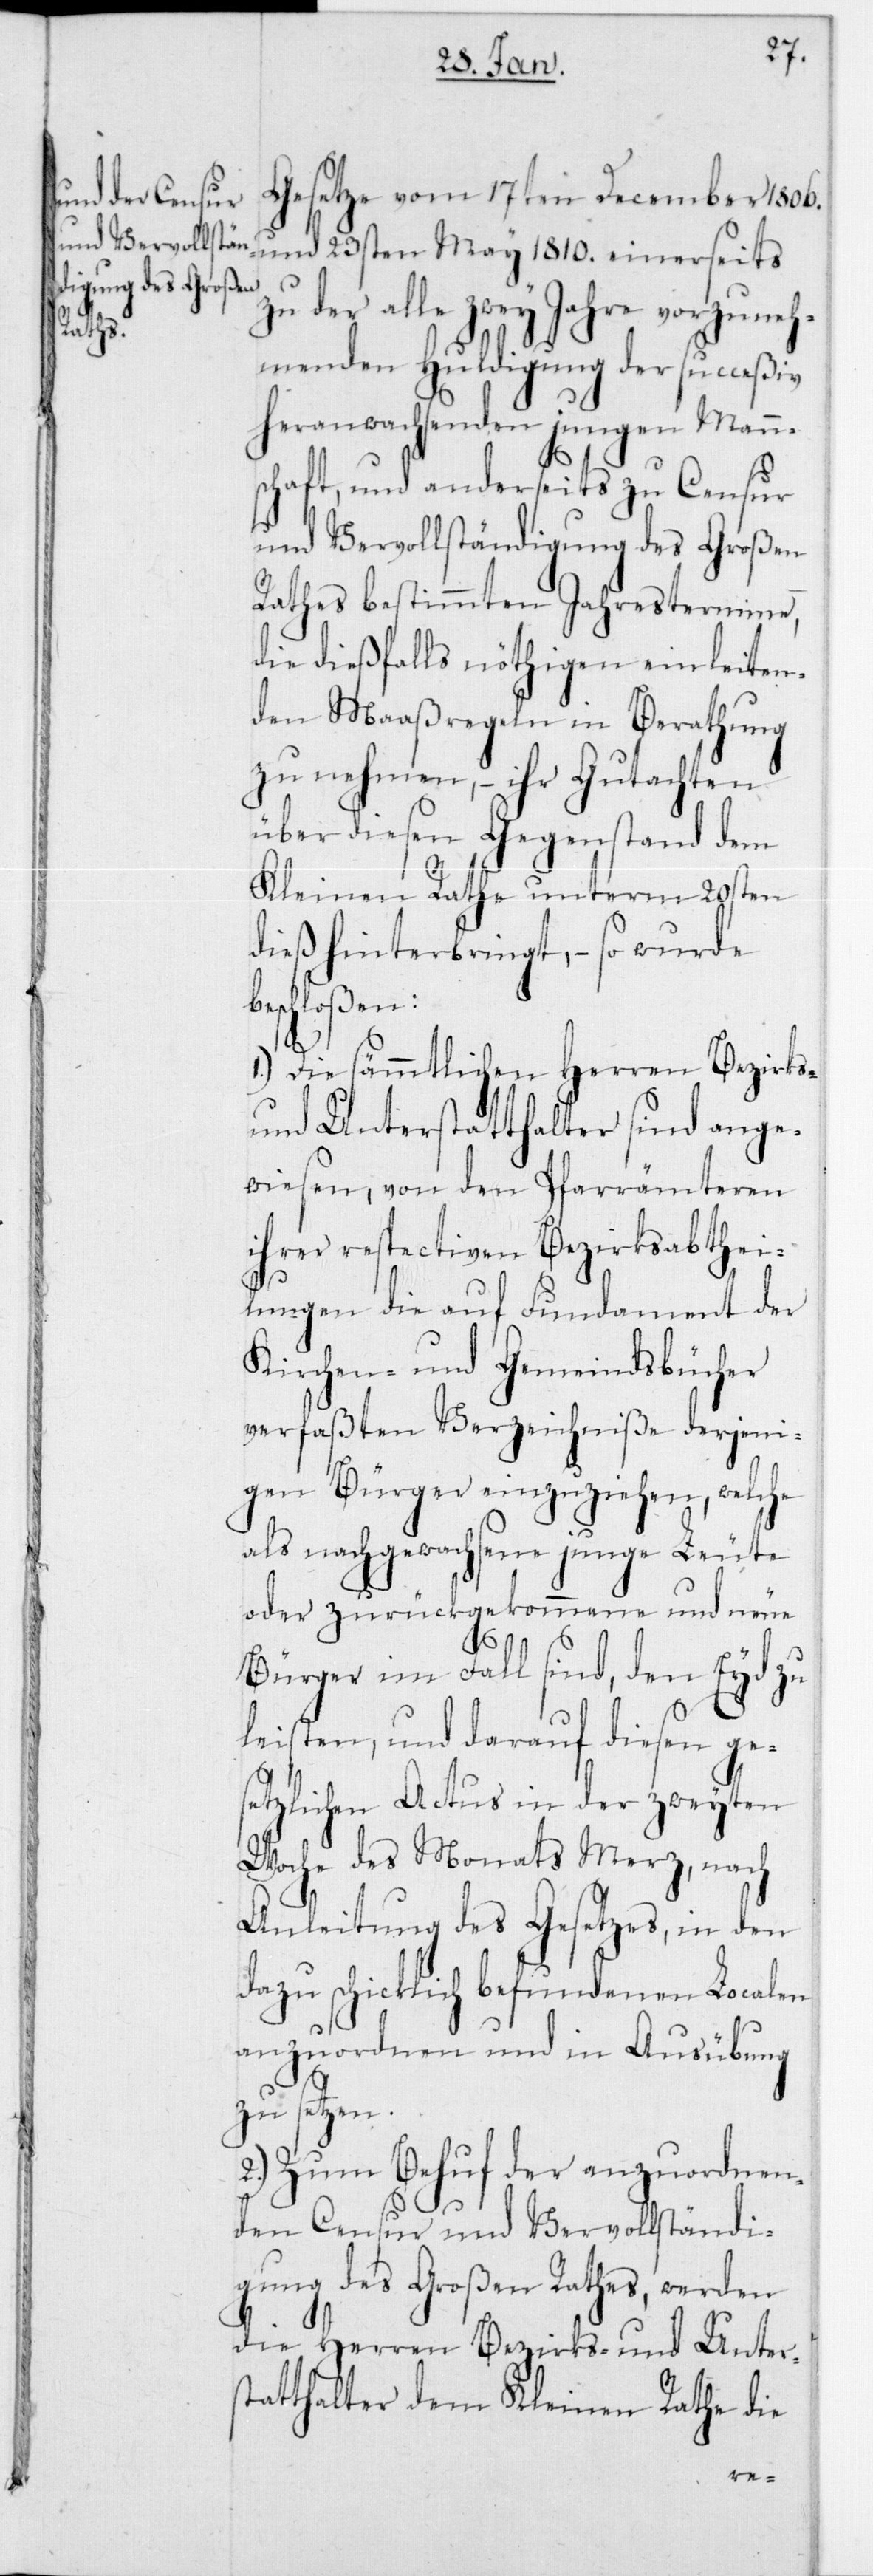
Gesetze vom 17ten December 1806.
und 23sten May 1810. einerseits
zu der alle zwey Jahre vorzuneh¬
menden Huldigung der succeßiv
heranwachsenden jungen Mann¬
schaft, und anderseits zu Censur
und Vervollständigung des Großen
Rathes bestimmten Jahrestermine,
die dießfalls nöthigen einleiten¬
den Maaßregeln in Berathung
zu nehmen, – ihr Gutachten
über diesen Gegenstand dem
Kleinen Rathe unterm 20sten
dieß hinterbringt, – so wurde
schloßen:
1.) Die sämmtlichen Herren Bezirks-
und Unterstatthalter sind ange¬
wiesen, von den Pfarrämteren
ihrer respectiven Bezirksabthei¬
lungen die auf Fundament der
Kirchen- und Gemeindsbücher
verfaßten Verzeichniße derjeni¬
gen Bürger einzuziehen, welche
als nachgewachsene junge Leute
oder zurückgekommene und neue
Bürger im Fall sind, den Eyd zu
leisten, und darauf diesen ge¬
setzlichen Actus in der zweyten
Woche des Monats Merz, nach
Anleitung des Gesetzes, in den
dazu schicklich befundenen Localen
anzuordnen und in Ausübung
zu setzen.
2.) Zum Behuf der anzuordnen¬
den Censur und Vervollständi¬
gung des Großen Rathes, werden
die Herren Bezirks- und Unters¬
tatthalter dem Kleinen Rathe die
be¬